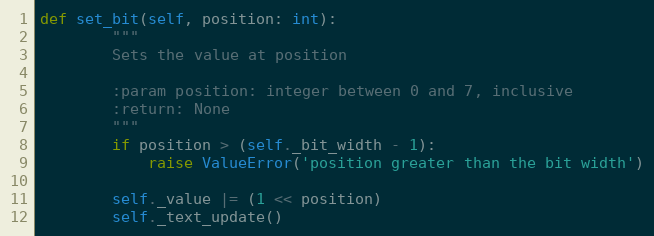
Language: Python
def set_bit(self, position: int):
        """
        Sets the value at position

        :param position: integer between 0 and 7, inclusive
        :return: None
        """
        if position > (self._bit_width - 1):
            raise ValueError('position greater than the bit width')

        self._value |= (1 << position)
        self._text_update()